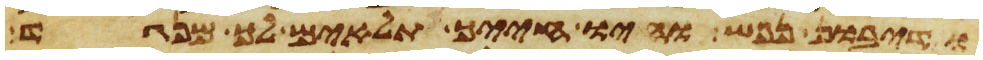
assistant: ודיבון נפש והיו חייך תלאים לך מנגד